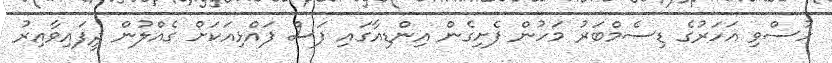
ހުސްވި އަހަރުގެ ޑިސެމްބަރު މަހުން ފެށިގެން އިންޑިއާގައި ފަސް ފައްޅިއަކަށް ގެއްލުން ދީފައިވާއިރު